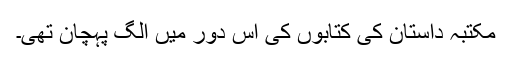
مکتبہ داستان کی کتابوں کی اس دور میں الگ پہچان تھی۔